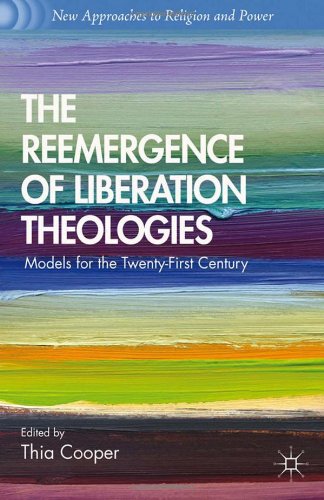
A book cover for The Reemergence of Liberation Theologies: Models for the Twenty-First Century (New Approaches to Religion and Power); Christian Books & Bibles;